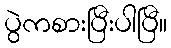
ပွဲကစားပြီးပါပြီ။